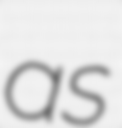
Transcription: as